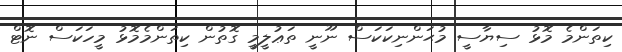
ކިތަންމެ މޮޅު ސިޔާސީ މުޙަންނިކަކަސް ނޫނީ ތަޢުލީމީ ގޮތުން ކިތަންމެމޮޅު މީހަކަސް ނޮޓް